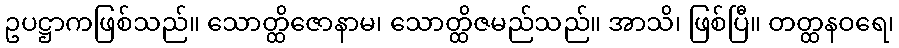
ဥပဋ္ဌာကဖြစ်သည်။ သောတ္ထိဇောနာမ၊ သောတ္ထိဇမည်သည်။ အာသိ၊ ဖြစ်ပြီ။ တတ္ထနဝရေ၊